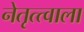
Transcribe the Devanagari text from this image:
नेतृत्त्वाला